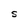
Character: S